Protection of India from yellow fever
Disease focus: Fever
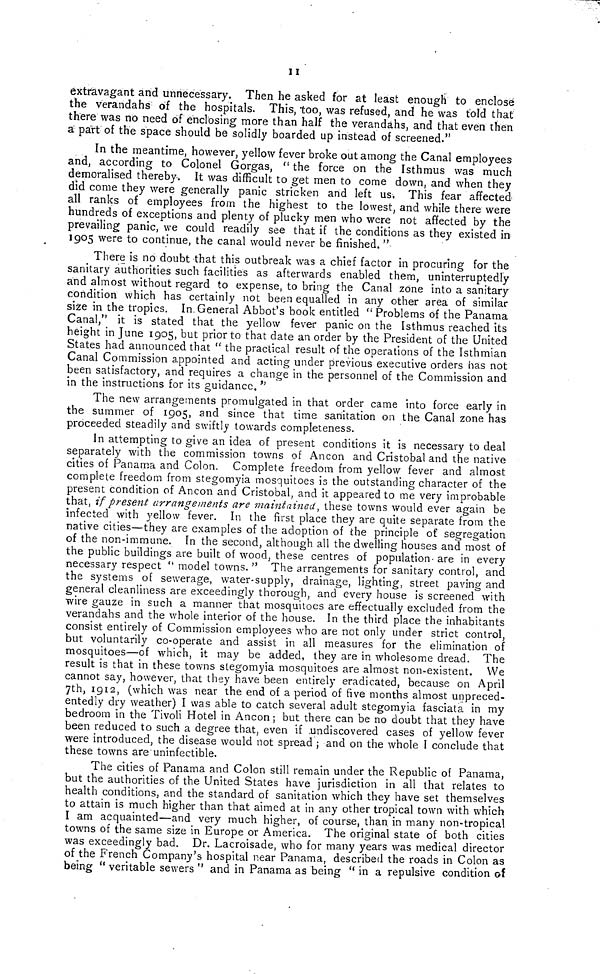
11
extravagant and unnecessary. Then he asked for at least enough to enclose
the verandahs of the hospitals. This, too, was refused, and he was told that
there was no need of enclosing more than half the verandahs, and that even then
a part of the space should be solidly boarded up instead of screened."
In the meantime, however, yellow fever broke out among the Canal employees
and, according to Colonel Gorgas, " the force on the Isthmus was much
demoralised thereby. It was difficult to get men to come down, and when they
did come they were generally panic stricken and left us, This fear affected
all ranks of employees from the highest to the lowest, and while there were
hundreds of exceptions and plenty of plucky men who were not affected by the
prevailing panic, we could readily see that if the conditions as they existed in
1905 were to continue, the canal would never be finished. "
There is no doubt that this outbreak was a chief factor in procuring for the
sanitary authorities such facilities as afterwards enabled them, uninterruptedly
and almost without regard to expense, to bring the Canal zone into a sanitary
condition which has certainly not been equalled in any other area of similar
size in the tropics. In.General Abbot's book entitled "Problems of the Panama
Canal," it is stated that the yellow fever panic on the Isthmus reached its
height in June 1905, but prior to that date an order by the President of the United
States had announced that " the practical result of the operations of the Isthmian
Canal Commission appointed and acting under previous executive orders has not
been satisfactory, and requires a change in the personnel of the Commission and
in the instructions for its guidance. "
The new arrangements promulgated in that order came into force early in
the summer of 1905, and since that time sanitation on the Canal zone has
proceeded steadily and swiftly towards completeness.
In attempting to give an idea of present conditions it is necessary to deal
separately with the commission towns of Ancón and Cristobal and the native
cities of Panama and Colon. Complete freedom from yellow fever and almost
complete freedom from stegomyia mosquitoes is the outstanding character of the
present condition of Ancón and Cristobal, and it appeared to me very improbable
that, if present arrangements are maintained, these towns would ever again be
infected with yellow fever. In the first place they are quite separate from the
native cities—they are examples of the adoption of the principle of segregation
of the non-immune. In the second, although all the dwelling houses and most of
the public buildings are built of wood, these centres of population- are in every
necessary respect " model towns. " The ¿irrangements for sanitary control, and
the systems of sewerage, water-supply, drainage, lighting, street paving and
general cleanliness are exceedingly thorough, and every house is screened with
wire gauze in such a manner that mosquitoes are effectually excluded from the
verandahs and the whole interior of the house. In the third place the inhabitants
consist entirely of Commission employees who are not only under strict control,
but voluntarily co-operate and assist in all measures for the elimination of
mosquitoes—of which, it may be added, they are in wholesome dread. The
result is that in these towns stegomyia mosquitoes are almost non-existent. We
cannot say, however, that they have been entirely eradicated, because on April
7th, 1912, (which was near the end of a period of five months almost unpreced-
entedly dry weather) I was able to catch several adult stegomyia fasciata in my
bedroom in the Tivoli Hotel in Ancón ; but there can be no doubt that they have
been reduced to such a degree that, even if undiscovered cases of yellow fever
were introduced, the disease would not spread ; and on the whole I conclude that
these towns are uninfectible.
The cities of Panama and Colon still remain under the Republic of Panama,
but the authorities of the United States have jurisdiction in all that relates to
health conditions, and the standard of sanitation which they have set themselves
to attain is much higher than that aimed at in any other tropical town with which
I am acquainted—and very much higher, of course, than, in many non-tropical
towns of the same size in Europe or America. The original state of both cities
was exceedingly bad. Dr. Lacroisade, who for many years was medical director
of the French Company's hospital near Panama, described the roads in Colon as
being " veritable sewers " and in Panama as being " in a repulsive condition of